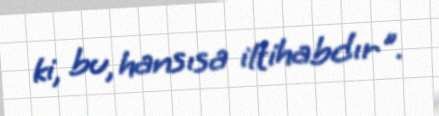
ki, bu, hansısa iltihabdır".